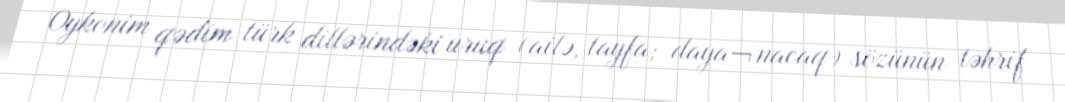
Oykonim qədim türk dillərindəki uruq (ailə, tayfa; daya¬nacaq) sözünün təhrif